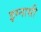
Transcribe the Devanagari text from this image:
इग्नासी